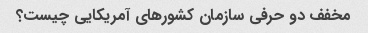
مخفف دو حرفی سازمان کشورهای آمریکایی چیست؟